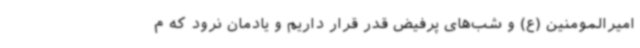
امیرالمومنین (ع) و شب‌های پرفیض قدر قرار داریم و یادمان نرود که م